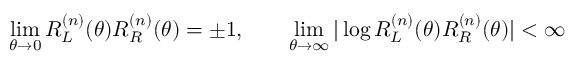
\operatorname * { l i m } _ { \theta \to 0 } R _ { L } ^ { ( n ) } ( \theta ) R _ { R } ^ { ( n ) } ( \theta ) = \pm 1 , \qquad \operatorname * { l i m } _ { \theta \to \infty } \vert \log R _ { L } ^ { ( n ) } ( \theta ) R _ { R } ^ { ( n ) } ( \theta ) \vert < \infty